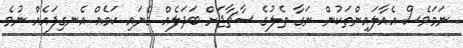
ނަމަވެސް އެއާލައިންތަކުން ނަގާ ތެލުގެ ސާޗާޖަށް ބަދަލެއް ގެނައި ކަމެއް އެނގިފައެއް ނުވެ